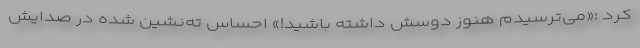
کرد :«می‌ترسیدم هنوز دوسش داشته باشید!» احساس ته‌نشین شده در صدایش